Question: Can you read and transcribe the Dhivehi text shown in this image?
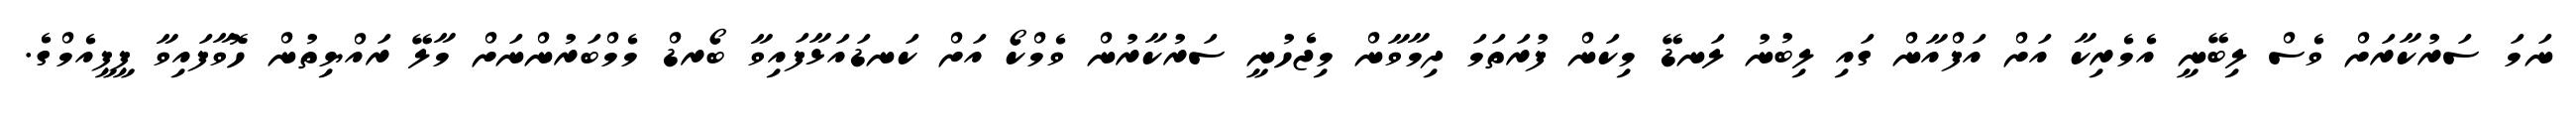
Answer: ނަމަ ސަރުކާރަށް ވެސް ލިބޭނީ އެމެރިކާ އަށް އަފްއާން ގައި ލިބުނު ލަނޑޭ މިކަން ފުރަތަމަ ދިމާވާން މިޖެހުނީ ސަރުކާރުން ވެމްކޯ އަށް ކަނޑައަޅާފައިވާ ބޯރޑް މެމްބަރުންނަށް މާލޭ ރައްޔިތުން ހޮވާފައިވާ ޕީޕީއެމްގެ.